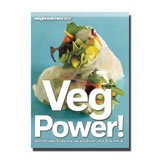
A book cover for WEIGHT WATCHERS 360 Points Plus Program Plan Veg Power Vegetable Cookbook; Health, Fitness & Dieting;